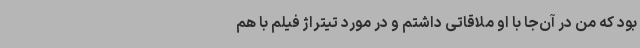
بود که من در آن‌جا با او ملاقاتی داشتم و در مورد تیتراژ فیلم با هم